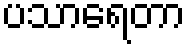
ပသာရေတာ